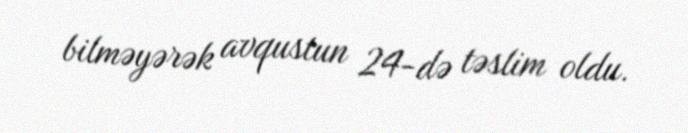
bilməyərək avqustun 24-də təslim oldu.